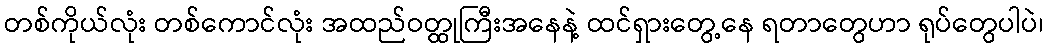
တစ်ကိုယ်လုံး တစ်ကောင်လုံး အထည်ဝတ္ထုကြီးအနေနဲ့ ထင်ရှားတွေ့နေ ရတာတွေဟာ ရုပ်တွေပါပဲ၊